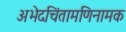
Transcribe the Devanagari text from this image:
अभेदचिंतामणिनामक